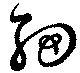
細